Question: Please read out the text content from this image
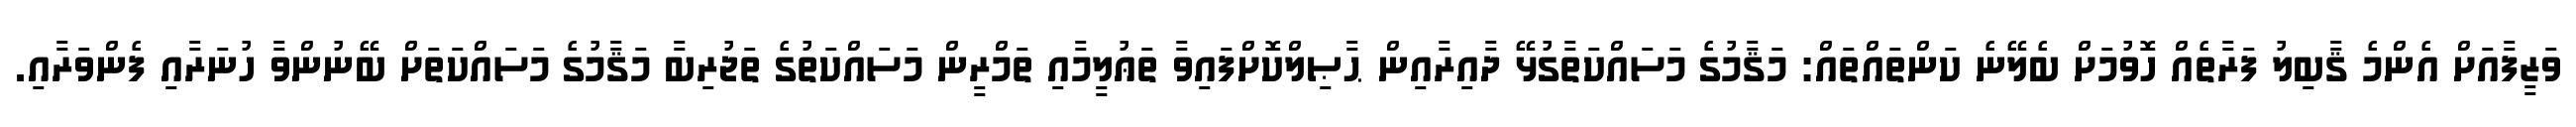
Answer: ވަޒީފާއަށް އެންމެ ޤާބިލު ފަރާތެއް ހޮވުމަށް ބެލޭނެ ކަންތައްތައް: މަޤާމުގެ މަސައްކަތާގުޅޭ ދާއިރާއިން ޙާޞިލްކޮށްފައިވާ ތަޢުލީމާއި ތަމްރީން މަސައްކަތުގެ ތަޖުރިބާ މަޤާމުގެ މަސައްކަތަށް ބޭނުންވާ ހުނަރާއި ފެންވަރާއި.